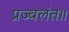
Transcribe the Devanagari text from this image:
प्रज्वलंत॥